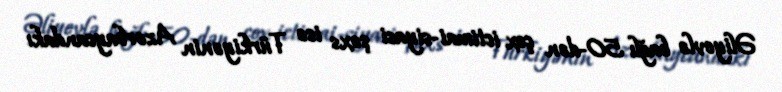
Əliyevlə bağlı 50-dən çox ictimai-siyasi şəxs isə Türkiyənin Azərbaycandakı